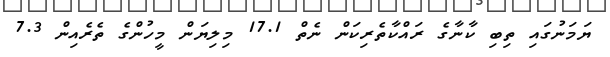
ޔަމަނުގައި ތިބި ކާނާގެ ރައްކާތެރިކަން ނެތް 17.1 މިލިޔަން މީހުންގެ ތެރެއިން 7.3